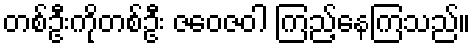
တစ်ဦးကိုတစ်ဦး ဇဝေဇဝါ ကြည့်နေကြသည်။